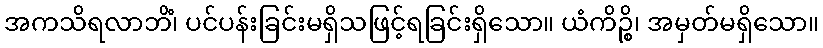
အကသိရလာဘိံ၊ ပင်ပန်းခြင်းမရှိသဖြင့်ရခြင်းရှိသော။ ယံကိဉ္စိ၊ အမှတ်မရှိသော။